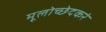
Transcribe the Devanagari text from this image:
मूलोच्छेदकरं